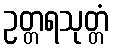
ဥတ္တရသုတ္တံ